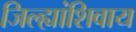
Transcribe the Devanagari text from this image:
जिल्ह्यांशिवाय